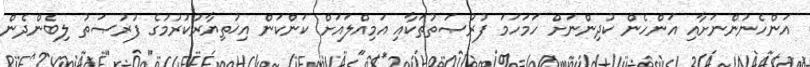
އަންހެނުންނަށާއި އަންހެން ކުދިންނަށް ހަމަހަމަ ފުރުޞަތުތަކާއި އަމިއްލައަށް ކަންކަން އިޚުތިޔާރުކުރުމުގެ ފުރުޞަތު ލިބެންދެން